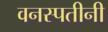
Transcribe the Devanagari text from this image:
वनस्पतीनी